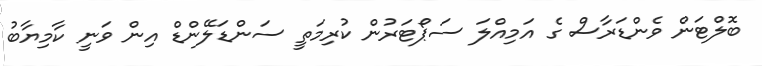
ބޮލްޓަން ވެންޑަރާސް ގެ އަމިއްލަ ސަޕޯޓަރުން ކުރިމަތީ ސަންޑަލޭންޑް އިން ވަނީ ކާމިޔާބު